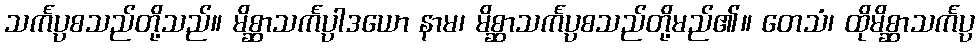
သင်္ကပ္ပစသည်တို့သည်။ မိစ္ဆာသင်္ကပ္ပါဒယော နာမ၊ မိစ္ဆာသင်္ကပ္ပစသည်တို့မည်၏။ တေသံ၊ ထိုမိစ္ဆာသင်္ကပ္ပ